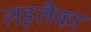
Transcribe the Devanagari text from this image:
लइलैका